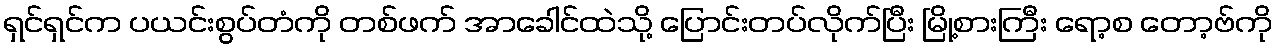
ရှင်ရှင်က ပယင်းစွပ်တံကို တစ်ဖက် အာခေါင်ထဲသို့ ပြောင်းတပ်လိုက်ပြီး မြို့စားကြီး ရော့စ တော့ဗ်ကို